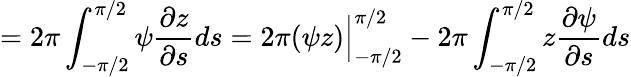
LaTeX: =2\pi\int_{-\pi/2}^{\pi/2}\psi\frac{\partial z}{\partial s}ds=2\pi(\psi z)\Big|_{-\pi/2}^{\pi/2}-2\pi\int_{-\pi/2}^{\pi/2}z\frac{\partial\psi}{\partial s}ds